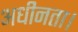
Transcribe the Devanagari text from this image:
अधीनता।